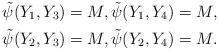
LaTeX: \begin{align*}\tilde{\psi}(Y_1,Y_3)=M,\tilde{\psi}(Y_1,Y_4)=M, \\\tilde{\psi}(Y_2,Y_3)=M,\tilde{\psi}(Y_2,Y_4)=M.\end{align*}